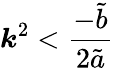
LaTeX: \boldsymbol{k}^{2}<\frac{-\tilde{b}}{2\tilde{a}}